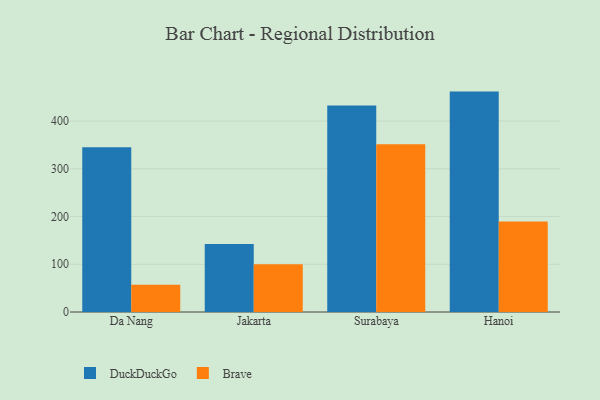
{"axis": {"x": "City", "y": "Shipments"}, "legend": ["Brave", "DuckDuckGo"], "data": [{"x": "Da Nang", "y": 345.1, "type": "DuckDuckGo"}, {"x": "Da Nang", "y": 57.3, "type": "Brave"}, {"x": "Jakarta", "y": 142.5, "type": "DuckDuckGo"}, {"x": "Jakarta", "y": 99.8, "type": "Brave"}, {"x": "Surabaya", "y": 432.5, "type": "DuckDuckGo"}, {"x": "Surabaya", "y": 351.3, "type": "Brave"}, {"x": "Hanoi", "y": 461.8, "type": "DuckDuckGo"}, {"x": "Hanoi", "y": 189.8, "type": "Brave"}]}